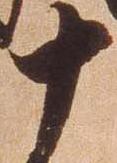
十